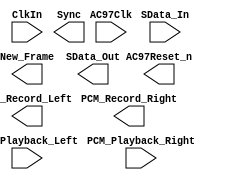
//-----------------------------------------------------------------
//
// AC97 codec declaration
//
//-----------------------------------------------------------------
module ac97_if(ClkIn,
			PCM_Playback_Left,
			PCM_Playback_Right,
			PCM_Record_Left,
			PCM_Record_Right,
			New_Frame,
			AC97Reset_n,
			AC97Clk,
			Sync,
			SData_Out,
			SData_In);

input ClkIn;
input [15:0] PCM_Playback_Left;
input [15:0] PCM_Playback_Right;
output [15:0] PCM_Record_Left;
output [15:0] PCM_Record_Right;
output New_Frame;
output AC97Reset_n;
input AC97Clk;
output Sync;
output SData_Out;
input SData_In;

endmodule